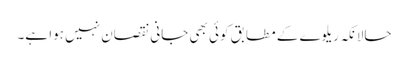
حالانکہ ریلوے کے مطابق کوئی بھی جانی نقصان نہیں ہوا ہے۔